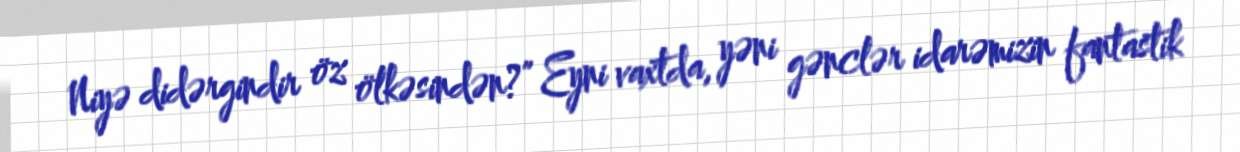
Niyə didərgindir öz ölkəsindən?” Eyni vaxtda, yəni gənclər idarəmizin fantastik